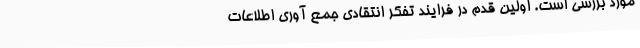
مورد بررسی است. اولین قدم در فرایند تفکر انتقادی جمع آوری اطلاعات